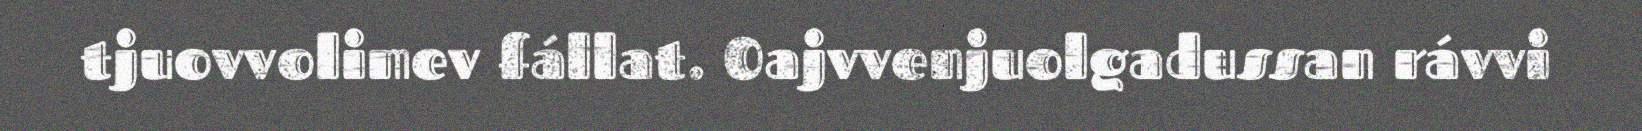
tjuovvolimev fállat. Oajvvenjuolgadussan rávvi